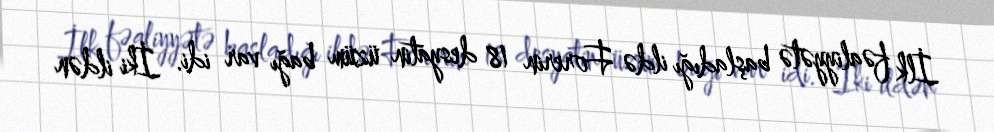
İlk fəaliyyətə başladığı ildə Forerin 18 desyatin üzüm bağı var idi. İki ildən